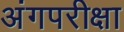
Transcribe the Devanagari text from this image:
अंगपरीक्षा